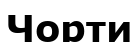
Чорти